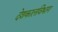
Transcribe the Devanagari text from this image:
देशकालविभाग